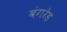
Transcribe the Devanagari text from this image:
बंगरेड़